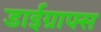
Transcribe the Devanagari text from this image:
डाईग्राफ्स